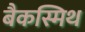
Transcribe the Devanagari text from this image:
बैकस्मिथ